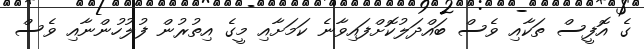
ގެ އޮފީސް ތަކާއި ވެސް ބައްދަލުކޮށްފައިވާނެ ކަމަށާއި މީގެ އިތުރުން ފުލުހުންނާއި ވެސް